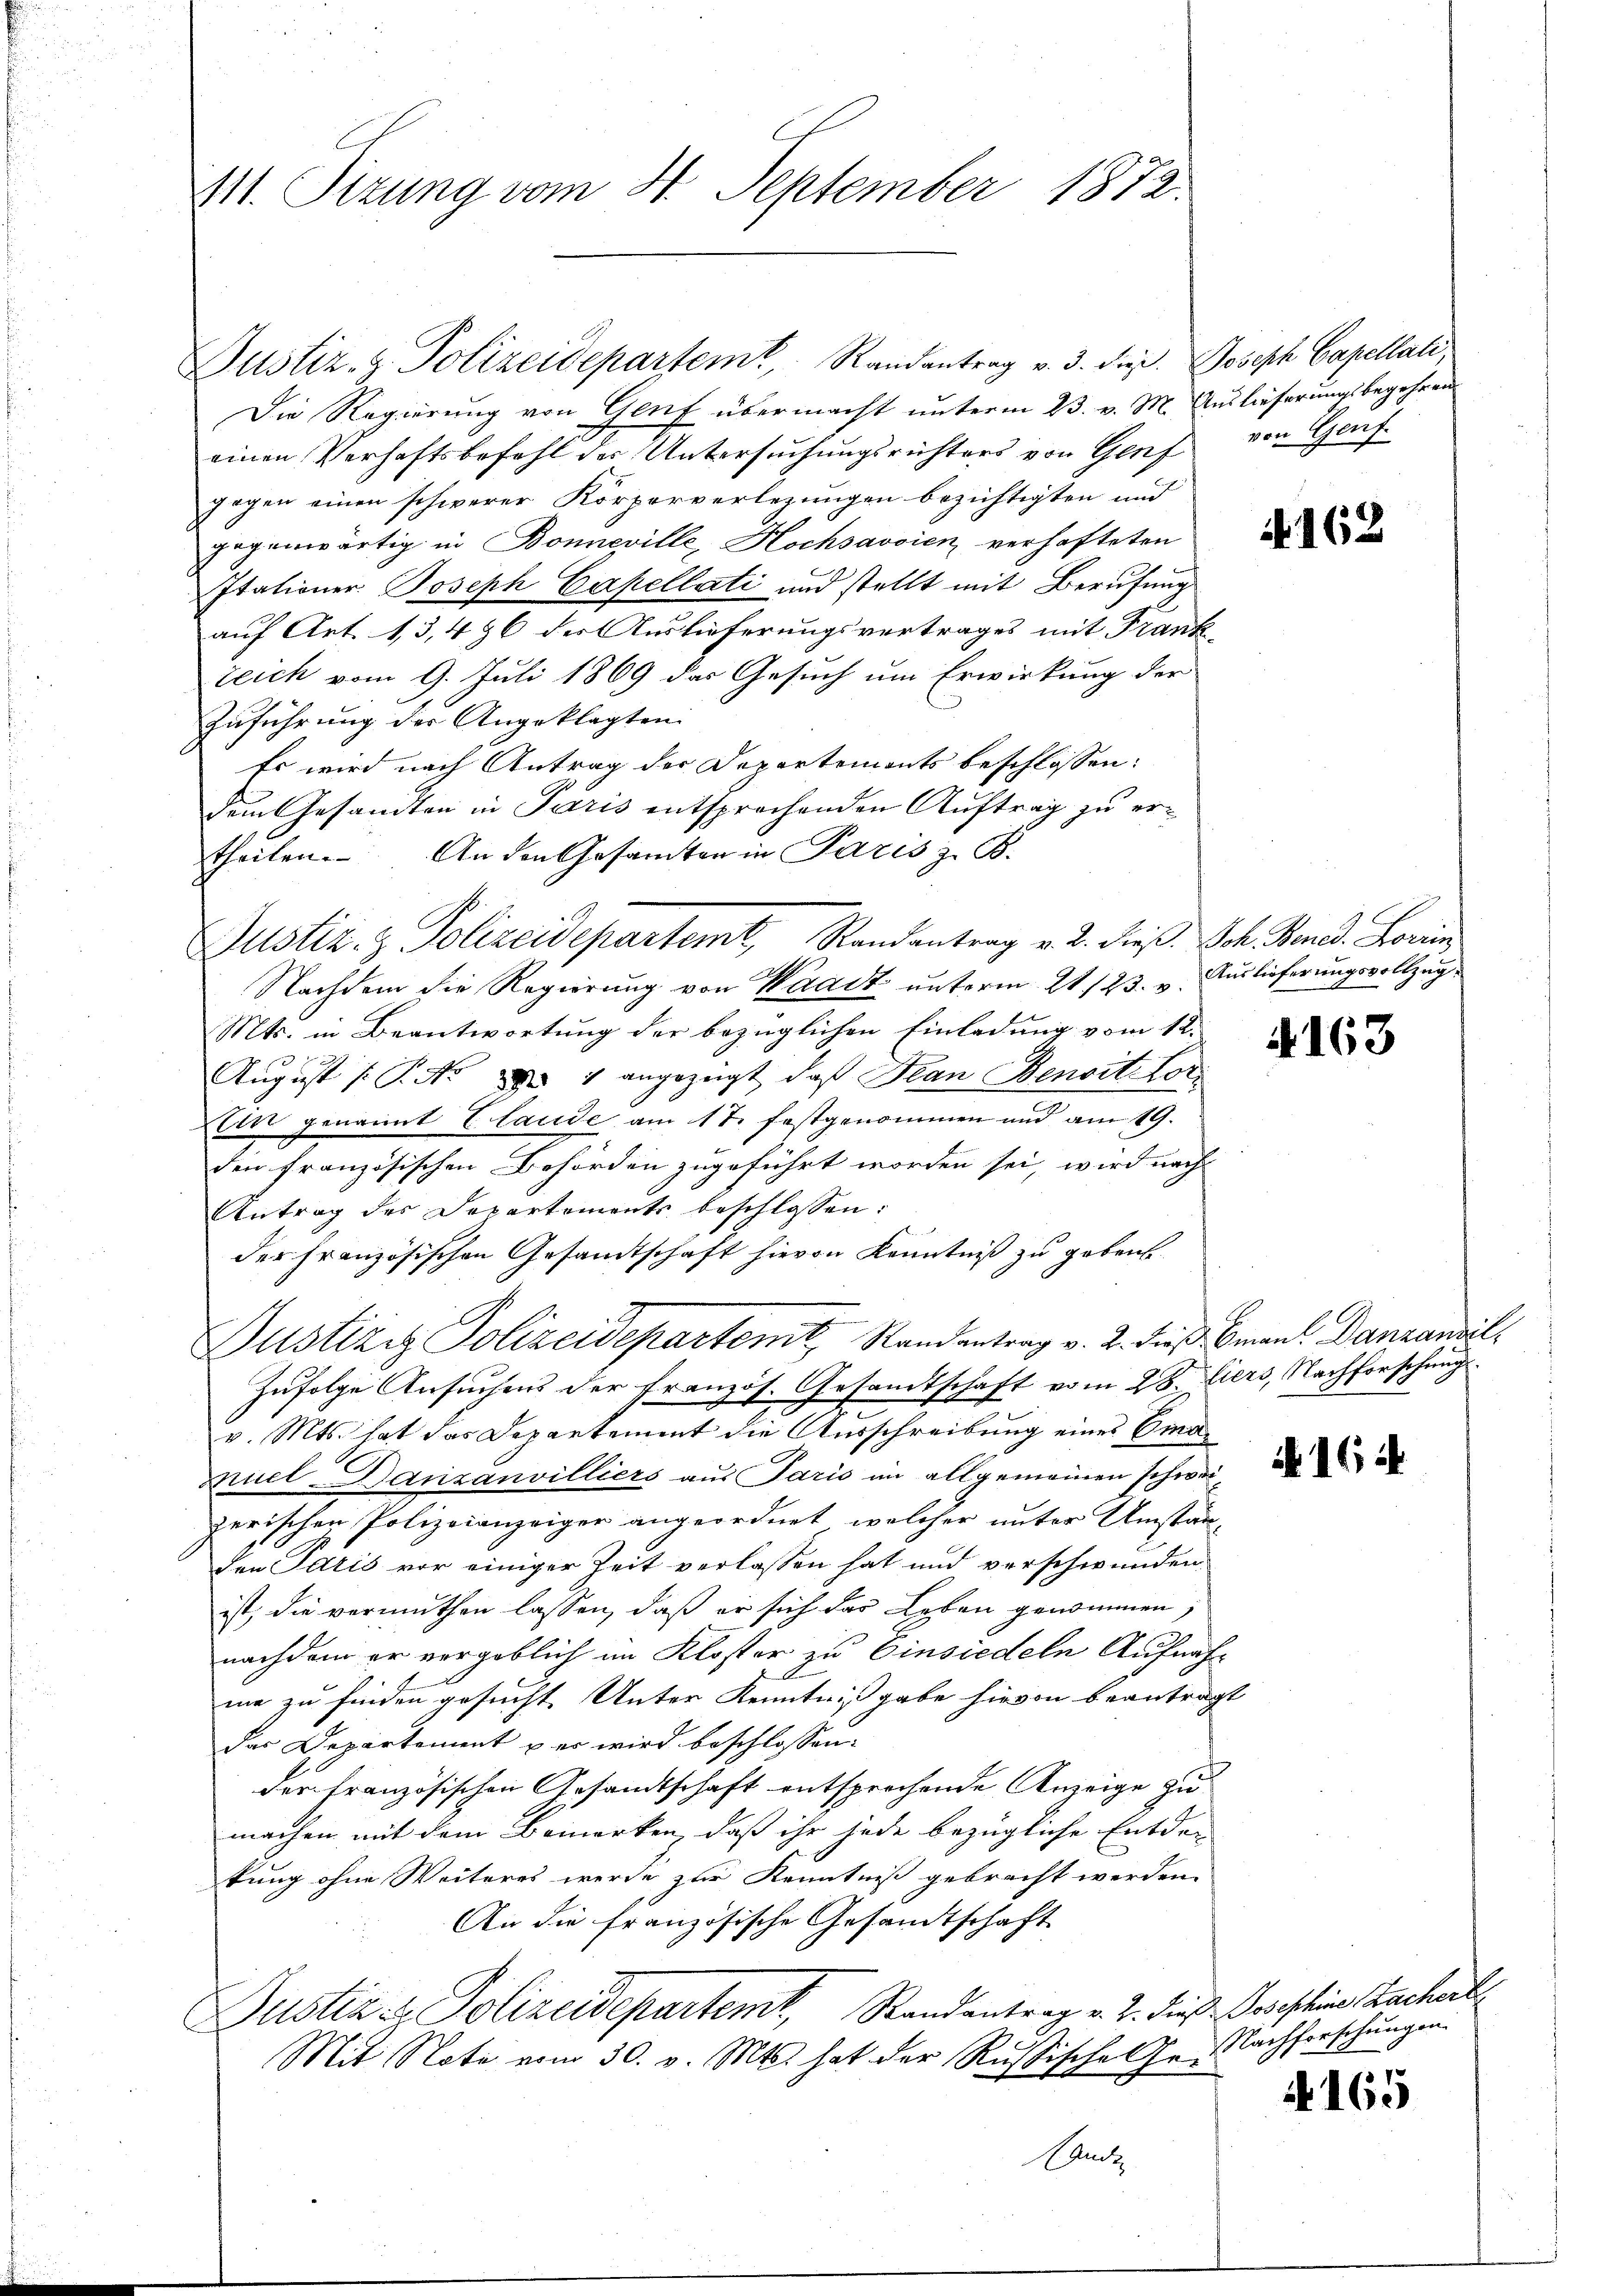
411. Sizung vom 30. September 1872

Justiz- & Polizeidepartem Randantrag v. 3. dieß. Joseph Capellati
Die Regierung von Genf übermacht unterm 23. v. M. Auslieferungsbegehren
einen Verhaftsbefehl der Untersuchungsrichters von Genf von Genf
gegen einen schwerer Körperverlegungen bezichtigten und
gegenwärtig in Bonneville, Hochsavoien verhafteten
Itationer Joseph Capellati und stellt mit Berufung
auf Art. 13,496 der Auslieferungsvertrages mit Frank-
zeich vom 9. Juli 1869 das Gesuch um Erwirkung der
Zuführung der Angeklagten
Es wird nach Antrag der Departements beschlossen:
dem Gesandten in Paris entsprechenden Auftrag zu ertheilen. An den Gesamten in Paris z. B.
Nachdem die Regierung von Waadt unterm 21./23. v. Auslieferungsvollzug
Mts. in Beantwortung der bezüglichen Einladung vom 12.
August [P. Nr. 1831 angezeigt, daß Jean Benoit lor
Ain genannt Elaude am 17. festgenommen und am 19.
den französischen Behörden zugeführt worden sei, wird nach
Antrag des Departements beschlossen:
der Französischen Gesandtschaft hievon Kenntniß zu gebenhe
Justiziz Polizeidepartemt, Randantrag v. 2. dieß man Danzansit¬
Zufolge Ansuchens der Französ. Gesandtschaft vom 28. Eiers, Nachforschung
v. Mts. hat das Departement die Ausschreibung eines Emamuel Danzanvilliers aus Paris im allgemeinen schwei
zerischen Polizeianzeiger angeordnet, welcher unter Umstan-
den Paris vor einiger Zeit verlassen hat und verschwunden.
ist, die vermuthen lassen, daß er sich das Leben genommen,
nachdem er vergeblich im Kloster zu Einsiedeln Aufnahme zu finden gesucht Unter Kenntnißgabe hievon beantragt
das Departement u es wird beschlossen:
der französischen Gesandtschaft entsprochende Anzeige zu
machen mit dem Bemerken, daß ihr jede bezügliche Entder-
kung ohne Weiteres werde zur Kenntniß gebracht werden.
An die französische Gesandtschaft
Justiz & Polizeidepartemt, Randantrag v. J. dieß Josephine Sachert
Mit Note vom 30. v. Mts. hat der Russische Ger

Justiz- & Polizeidepartemt, Randantrag v. 2. dieß Joh. Band. Lori

N 162

4163

164

N 165

Nachforschungen